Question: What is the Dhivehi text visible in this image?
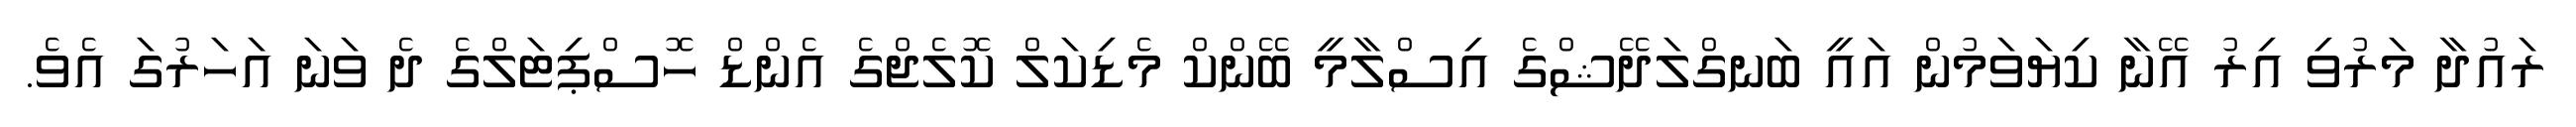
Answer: ރައުދާ މަރުވި އިރު އޭނާ ކިޔަވަމުން އައީ ބަނގްލަދޭޝްގެ އިސްލާމީ ބޭންކް މެޑިކަލް ކޮލެޖްގެ އެންޑް ހޮސްޕިޓަލްގެ ދެ ވަނަ އަހަރުގަ އެވެ.